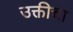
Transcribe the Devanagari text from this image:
उक्तीचा